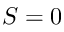
S = 0